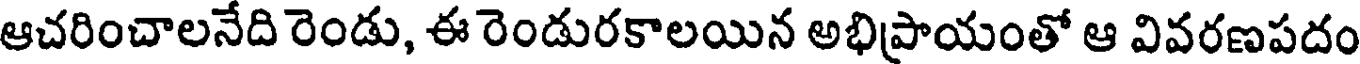
ఆచరించాలనేది రెండు, ఈ రెండురకాలయిన అభిప్రాయంతో ఆ వివరణపదం